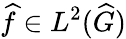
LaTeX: {\widehat{f}}\in L^{2}({\widehat{G}})